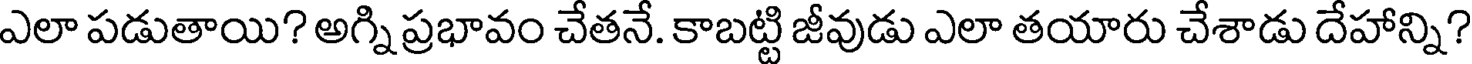
ఎలా పడుతాయి? అగ్ని ప్రభావం చేతనే. కాబట్టి జీవుడు ఎలా తయారు చేశాడు దేహాన్ని?